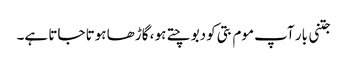
جتنی بار آپ موم بتی کو دبوچتے ہو ، گاڑھا ہوتا جاتا ہے۔